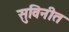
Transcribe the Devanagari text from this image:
सुविनीत